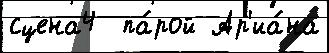
сцена4  па́рой Ар'иа́на